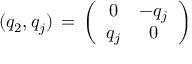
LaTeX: ( q _ { 2 } , q _ { j } ) \, = \, \left( \begin{array} { c c } { { 0 } } & { { - q _ { j } } } \\ { { q _ { j } } } & { { 0 } } \end{array} \right)